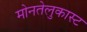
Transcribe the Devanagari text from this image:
मोनतेलुकास्ट